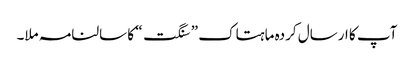
آپ کا ارسال کردہ ماہتاک ” سنگت“ کا سالنامہ ملا۔